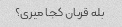
بله قربان کجا میری؟